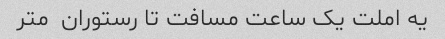
یه املت یک ساعت مسافت تا رستوران  متر